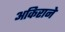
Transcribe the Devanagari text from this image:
अकिराने